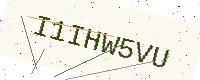
Text: I1IHW5VU